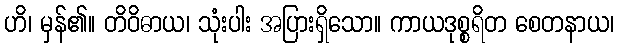
ဟိ၊ မှန်၏။ တိဝိဓာယ၊ သုံးပါး အပြားရှိသော။ ကာယဒုစ္စရိတ စေတနာယ၊